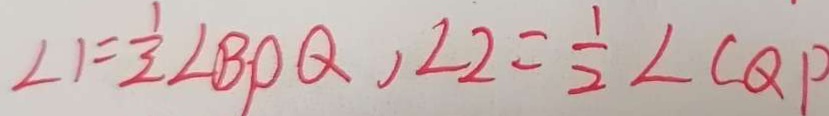
\angle 1 = \frac { 1 } { 2 } \angle B P Q , \angle 2 = \frac { 1 } { 2 } \angle C Q P